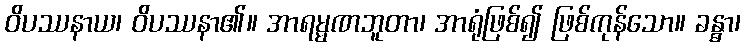
ဝိပဿနာယ၊ ဝိပဿနာ၏။ အာရမ္မဏဘူတာ၊ အာရုံဖြစ်၍ ဖြစ်ကုန်သော။ ခန္ဓာ၊